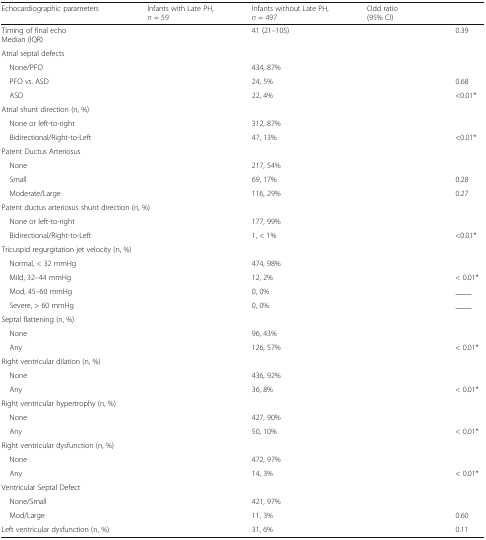
<table><thead><tr><td><b>Echocardiographic parameters</b></td><td><b>Infants with Late PH, <i>n</i> = 59</b></td><td><b>Infants without Late PH, <i>n</i> = 497</b></td><td><b>Odd ratio (95% CI)</b></td><td>[EMPTY_CELL]</td></tr></thead><tbody><tr><td>Timing of final echoMedian (IQR)</td><td>[EMPTY_CELL]</td><td>41 (21–105)</td><td>[EMPTY_CELL]</td><td>0.39</td></tr><tr><td colspan="5">Atrial septal defects</td></tr><tr><td> None/PFO</td><td>[EMPTY_CELL]</td><td>434, 87%</td><td>[EMPTY_CELL]</td><td>[EMPTY_CELL]</td></tr><tr><td> PFO vs. ASD</td><td>[EMPTY_CELL]</td><td>24, 5%</td><td>[EMPTY_CELL]</td><td>0.68</td></tr><tr><td> ASD</td><td>[EMPTY_CELL]</td><td>22, 4%</td><td>[EMPTY_CELL]</td><td>&lt;0.01*</td></tr><tr><td colspan="5">Atrial shunt direction (n, %)</td></tr><tr><td> None or left-to-right</td><td>[EMPTY_CELL]</td><td>312, 87%</td><td>[EMPTY_CELL]</td><td>[EMPTY_CELL]</td></tr><tr><td> Bidirectional/Right-to-Left</td><td>[EMPTY_CELL]</td><td>47, 13%</td><td>[EMPTY_CELL]</td><td>&lt;0.01*</td></tr><tr><td colspan="5">Patent Ductus Arteriosus</td></tr><tr><td> None</td><td>[EMPTY_CELL]</td><td>217, 54%</td><td>[EMPTY_CELL]</td><td>[EMPTY_CELL]</td></tr><tr><td> Small</td><td>[EMPTY_CELL]</td><td>69, 17%</td><td>[EMPTY_CELL]</td><td>0.28</td></tr><tr><td> Moderate/Large</td><td>[EMPTY_CELL]</td><td>116, 29%</td><td>[EMPTY_CELL]</td><td>0.27</td></tr><tr><td colspan="5">Patent ductus arteriosus shunt direction (n, %)</td></tr><tr><td> None or left-to-right</td><td>[EMPTY_CELL]</td><td>177, 99%</td><td>[EMPTY_CELL]</td><td>[EMPTY_CELL]</td></tr><tr><td> Bidirectional/Right-to-Left</td><td>[EMPTY_CELL]</td><td>1, &lt; 1%</td><td>[EMPTY_CELL]</td><td>&lt;0.01*</td></tr><tr><td colspan="5">Tricuspid regurgitation jet velocity (n, %)</td></tr><tr><td> Normal, &lt; 32 mmHg</td><td>[EMPTY_CELL]</td><td>474, 98%</td><td>[EMPTY_CELL]</td><td>[EMPTY_CELL]</td></tr><tr><td> Mild, 32–44 mmHg</td><td>[EMPTY_CELL]</td><td>12, 2%</td><td>[EMPTY_CELL]</td><td>&lt; 0.01*</td></tr><tr><td> Mod, 45–60 mmHg</td><td>[EMPTY_CELL]</td><td>0, 0%</td><td>[EMPTY_CELL]</td><td>____</td></tr><tr><td> Severe, &gt; 60 mmHg</td><td>[EMPTY_CELL]</td><td>0, 0%</td><td>[EMPTY_CELL]</td><td>____</td></tr><tr><td colspan="5">Septal flattening (n, %)</td></tr><tr><td> None</td><td>[EMPTY_CELL]</td><td>96, 43%</td><td>[EMPTY_CELL]</td><td>[EMPTY_CELL]</td></tr><tr><td> Any</td><td>[EMPTY_CELL]</td><td>126, 57%</td><td>[EMPTY_CELL]</td><td>&lt; 0.01*</td></tr><tr><td colspan="5">Right ventricular dilation (n, %)</td></tr><tr><td> None</td><td>[EMPTY_CELL]</td><td>436, 92%</td><td>[EMPTY_CELL]</td><td>[EMPTY_CELL]</td></tr><tr><td> Any</td><td>[EMPTY_CELL]</td><td>36, 8%</td><td>[EMPTY_CELL]</td><td>&lt; 0.01*</td></tr><tr><td colspan="5">Right ventricular hypertrophy (n, %)</td></tr><tr><td> None</td><td>[EMPTY_CELL]</td><td>427, 90%</td><td>[EMPTY_CELL]</td><td>[EMPTY_CELL]</td></tr><tr><td> Any</td><td>[EMPTY_CELL]</td><td>50, 10%</td><td>[EMPTY_CELL]</td><td>&lt; 0.01*</td></tr><tr><td colspan="5">Right ventricular dysfunction (n, %)</td></tr><tr><td> None</td><td>[EMPTY_CELL]</td><td>472, 97%</td><td>[EMPTY_CELL]</td><td>[EMPTY_CELL]</td></tr><tr><td> Any</td><td>[EMPTY_CELL]</td><td>14, 3%</td><td>[EMPTY_CELL]</td><td>&lt; 0.01*</td></tr><tr><td colspan="5">Ventricular Septal Defect</td></tr><tr><td> None/Small</td><td>[EMPTY_CELL]</td><td>421, 97%</td><td>[EMPTY_CELL]</td><td>[EMPTY_CELL]</td></tr><tr><td> Mod/Large</td><td>[EMPTY_CELL]</td><td>11, 3%</td><td>[EMPTY_CELL]</td><td>0.60</td></tr><tr><td>Left ventricular dysfunction (n, %)</td><td>[EMPTY_CELL]</td><td>31, 6%</td><td>[EMPTY_CELL]</td><td>0.11</td></tr></tbody></table>